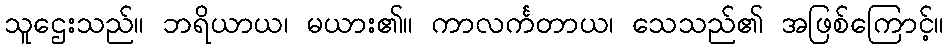
သူဌေးသည်။ ဘရိယာယ၊ မယား၏။ ကာလင်္ကတာယ၊ သေသည်၏ အဖြစ်ကြောင့်။